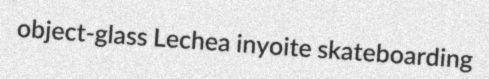
object-glass Lechea inyoite skateboarding